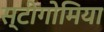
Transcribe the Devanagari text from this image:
स्टीगोमिया